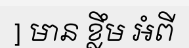
] មាន ខ្លឹម អំពី